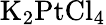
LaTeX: \mathrm{K_{2}PtCl_{4}}